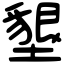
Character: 墾